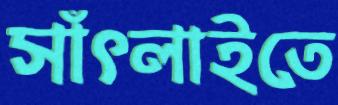
সাঁৎলাইতে